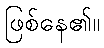
ဖြစ်နေ၏။